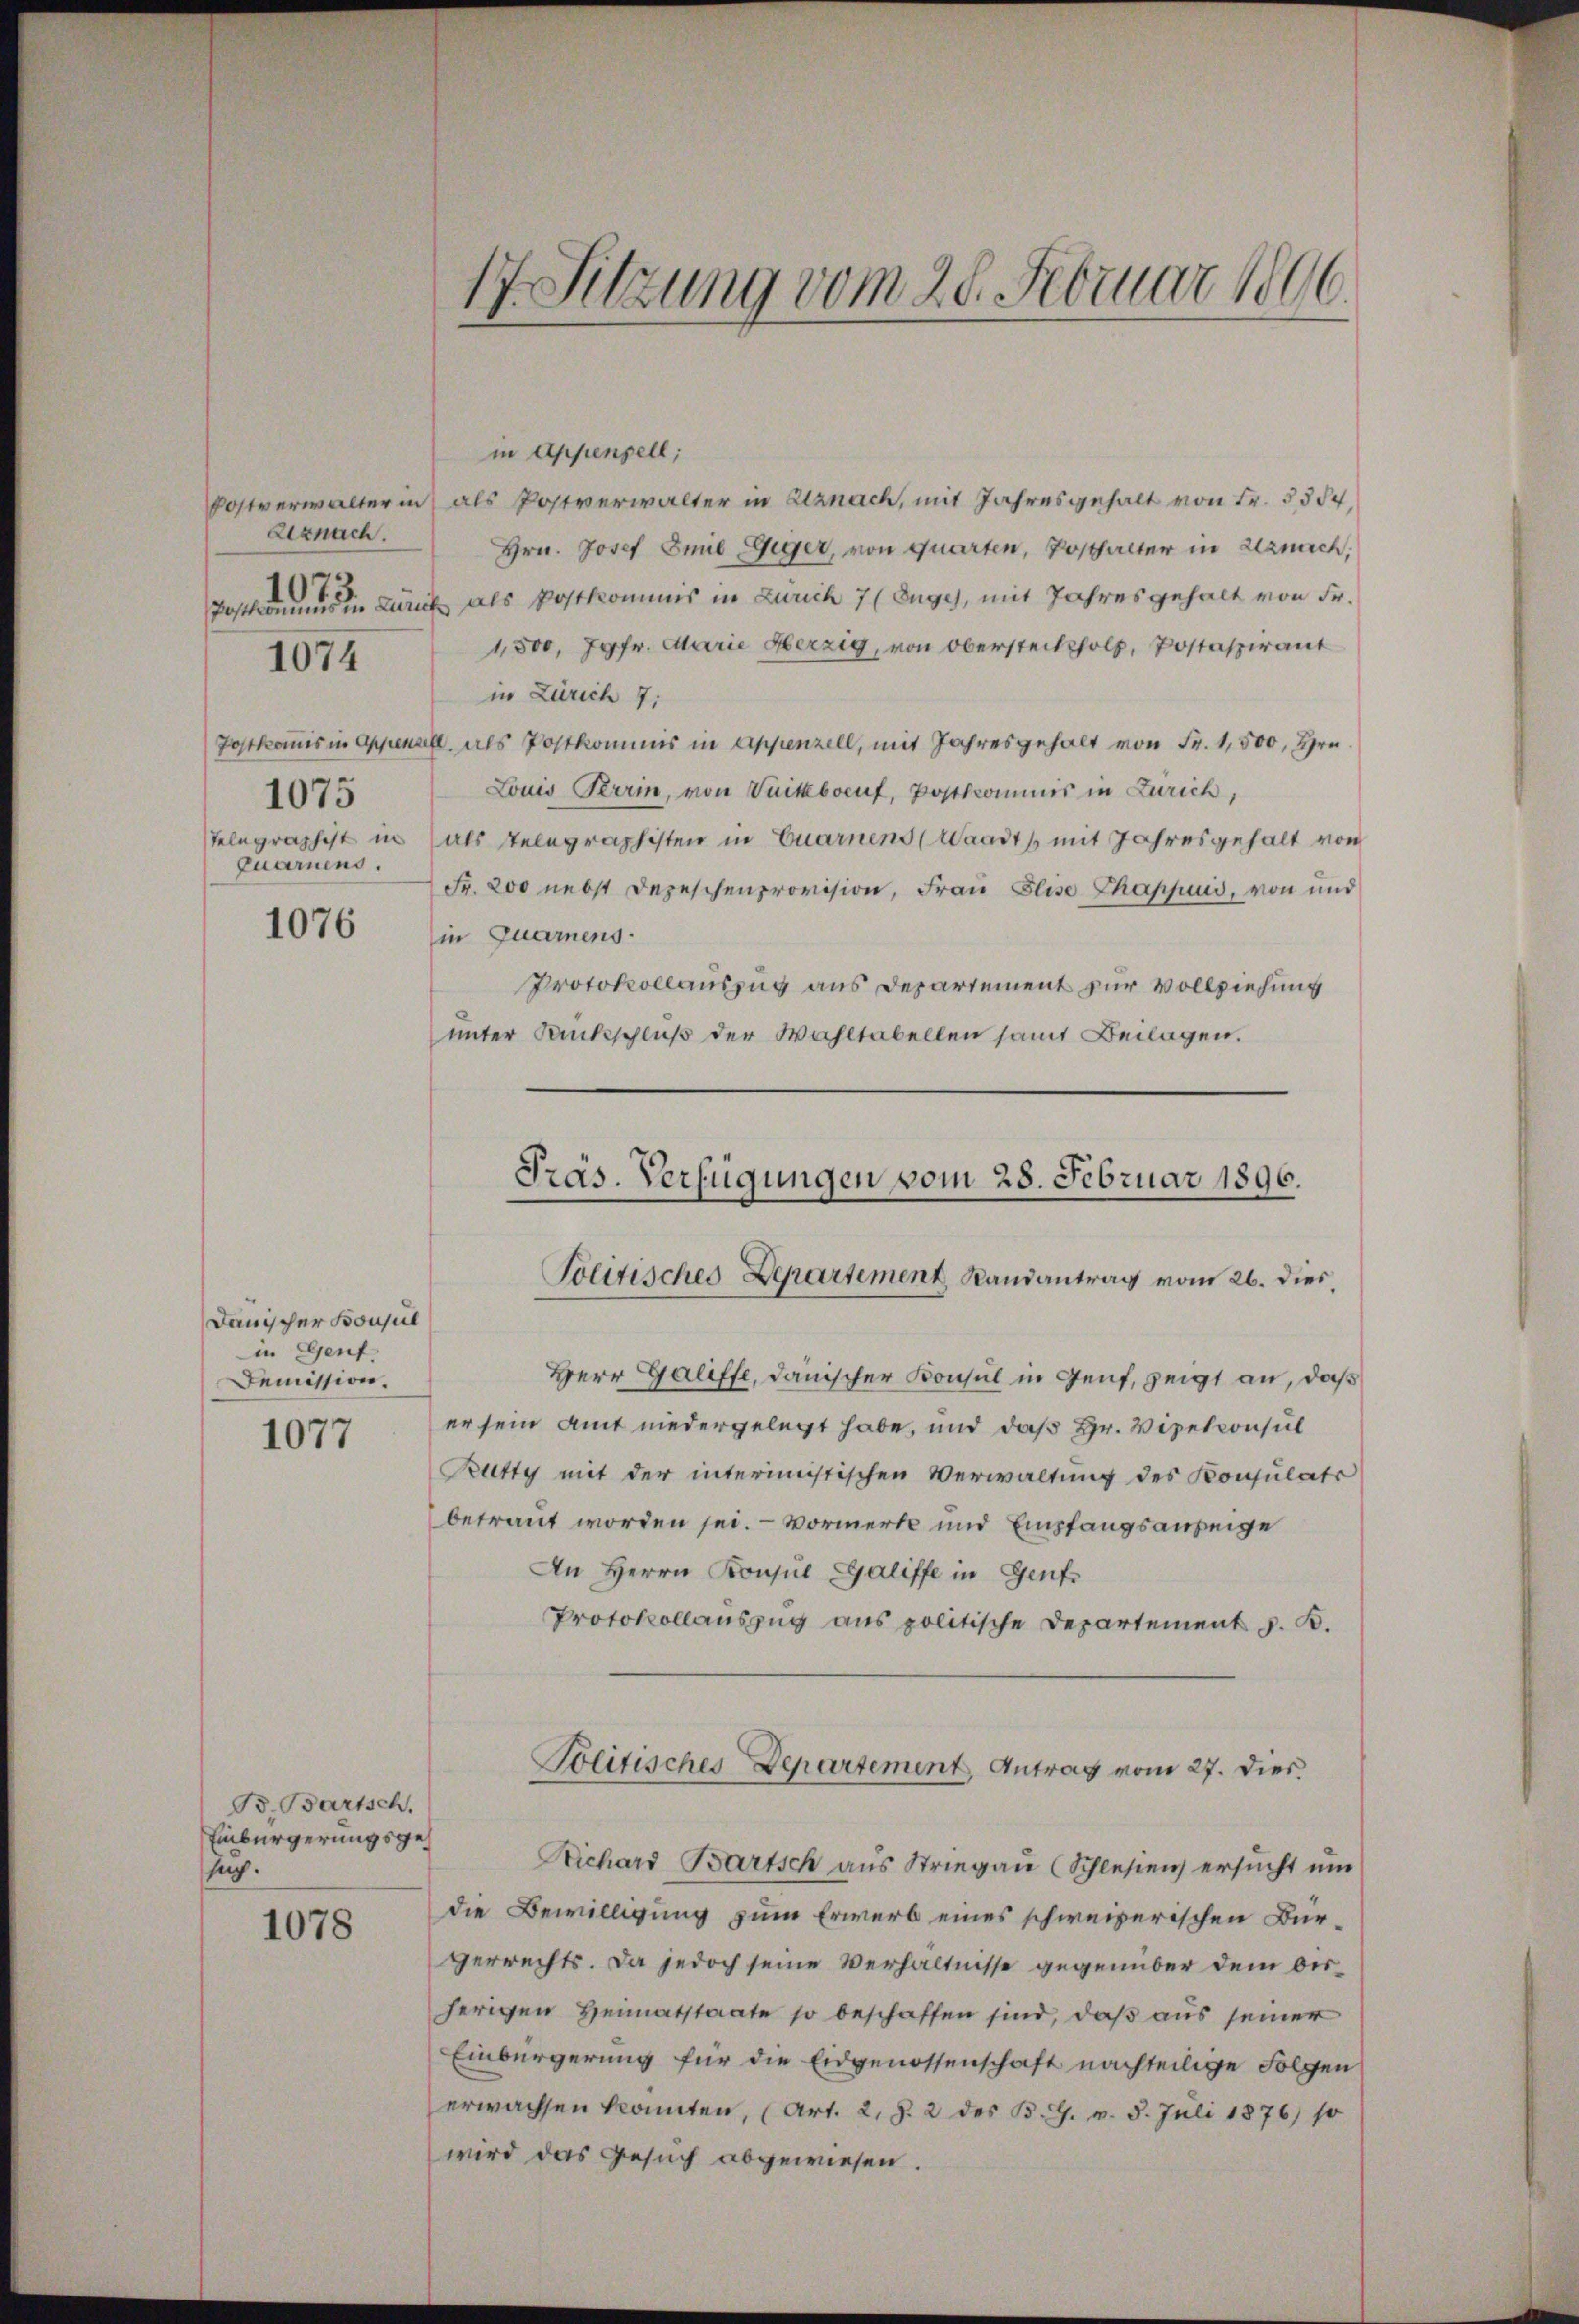
Eznach.
1075
Telegraphist in
quaruens.

1074

1076

Dauischer Bonsul
in Genf,
Demission.
1077

B. Bartsch.
Einbürgerungsgesug.

1078

in Appenzell;
Postverwalter in als Postverwalter in Uznach, mit Jahresgehalt von Fr. 5554.
Hrn. Josef Emil Giger, von quarten, Posthalter in Uznach,
Postkommnis in Zürich als Postkommis in Zürich 7 (Zuges, mit Jahres gehalt von Fr.
1,500, Jgfr. Marie Herzig, von Obersteckholz, Postaspirant
in Zürich 7;
Postkommis in Appenall, als Postkommis in Appenzell, mit Jahresgehalt von Fr. 1,500, Hrn.
Louis Berin, von Vuitkbocuf, Postkommnis in Zürich,
als Telegraphisten in Euarnens (Waadt mit Jahresgehalt von
Fr. 200 nebst Depeschenprovision, Frau Elise Chappuis, von und
in Quarnens.
Protokollauszug aus Departement zur Vollziehung
unter Rankschluß der Wahltabellen samt Beilagen.

17. Sitzung vom 28. Februar 1896.

Herr Galiffe, danischer Konsul in Genf, zeigt an, daß
er sein Amt niedergelegt habe, und daß Hr. Vizekonsul
Rutty mit der interimistischen Verwaltung des Konsulats
betraut worden sei. - Vormerke und Empfangsanzeige
An Herrn Konsul Galiffe in Genf
Protokollauszug aus politische Departement z. B.
Politisches Departement, Antrag vom 27. Dies
Richard Bartsch aus Striegau (Schlesien ersucht um
die Bewilligung zum Erwerb eines schweizerischen Bürgerrechts. Da jedoch seine Verhältnisse gegenüber dem bisherigen Heimatstaate so beschaffen sind, daß aus seiner
Einbürgerung für die Eidgenossenschaft nachteilige Folgen
erwachsen konnten, (Art. 2. §. 2 des B. G. v. 5. Juli 1876) so
wird das Gesuch abgewiesen.

Präs. Verfügungen vom 28. Februar 1896.
Politisches Departement Randantrag vom 26. dies,